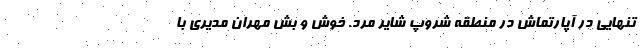
تنهایی در آپارتماش در منطقه شروپ شایر مرد. خوش و بش مهران مدیری با